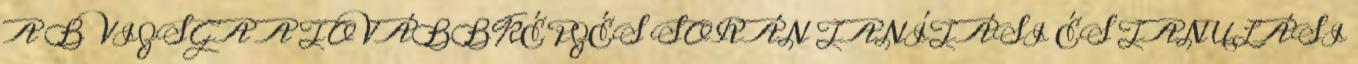
A B VIZSGA A TOVÁBBKÉPZÉS SORÁN TANÍTÁSI ÉS TANULÁSI